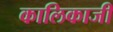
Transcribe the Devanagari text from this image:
कालिकाजी